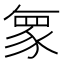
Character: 𮙠